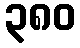
၃၈၀